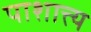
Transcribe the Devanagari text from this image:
पाशात्त्य